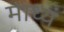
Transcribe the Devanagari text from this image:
माध्यं